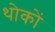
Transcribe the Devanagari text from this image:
थोकों